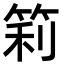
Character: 筣